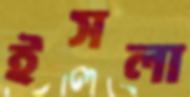
ইসলা